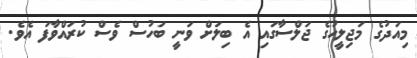
މިއަދުގެ މަޖިލީހުގެ ޖަލްސާގައި އެ ބިލަށް ވަނީ ބަހުސް ވެސް ކުރައްވާފަ އެވެ.